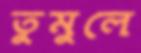
তুমুলে